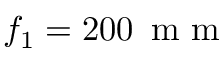
f _ { 1 } = 2 0 0 \, \textrm { m m }